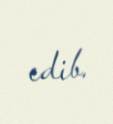
edib.